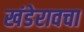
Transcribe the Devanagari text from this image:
खंडेरावचा